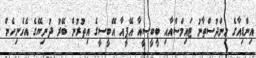
އިންޑިއާގެ ހިންދުސްތާނު ޓައިމްސްއާއި ބީބީސީއާ އޭޕީއާ އޭބީސީގެ އިތުރުން ބޭރު ދުނިޔޭގެ އެހެނިހެން